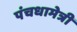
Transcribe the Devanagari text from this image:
पंचधामेत्री